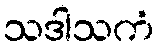
သဒါသကံ